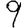
Digit: 9